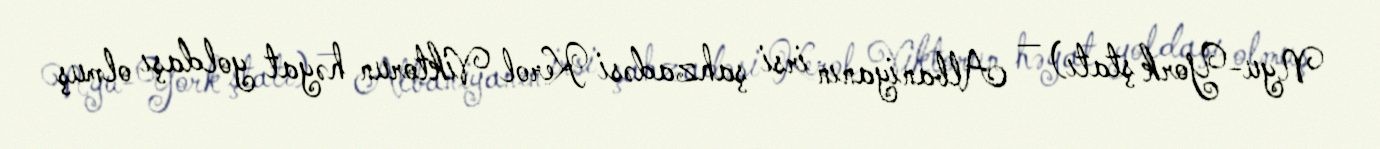
Nyu-York ştatı) — Albaniyanın irsi şahzadəsi Kerol Viktorun həyat yoldaşı olmuş